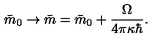
\bar { m } _ { 0 } \rightarrow \bar { m } = \bar { m } _ { 0 } + { \frac { \Omega } { 4 \pi \kappa \hbar } } .